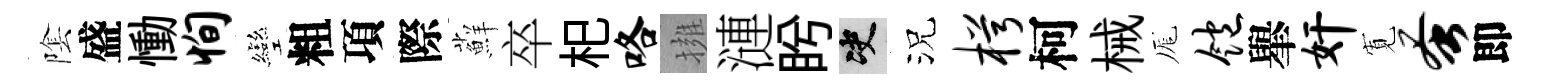
隂盛慟恂彎粗項際蘚卒𣏌咯擁漣盻决況枵柯械厖饱𦦙奸𡩖蚤即